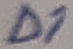
Text: D1